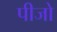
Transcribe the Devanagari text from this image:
पीजो